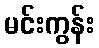
မင်းကွန်း